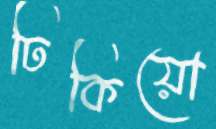
ঢিকিয়ো